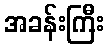
အခန်းကြီး